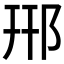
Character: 郉